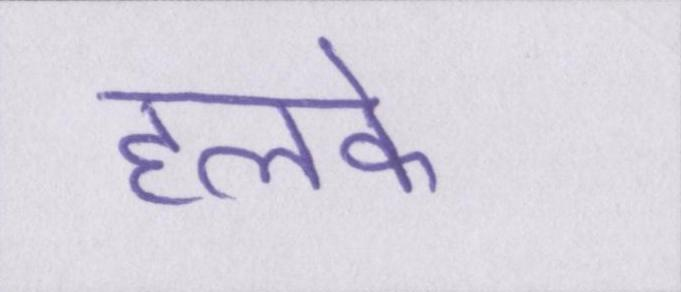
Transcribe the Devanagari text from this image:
हलके